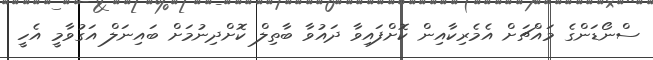
ސްނޯޑަންގެ މައްޗަށް އެމެރިކާއިން ކޮށްފައިވާ ދައުވާ ބާތިލް ކޮށްދިނުމަށް ބައިނަލް އަގުވާމީ އެހީ